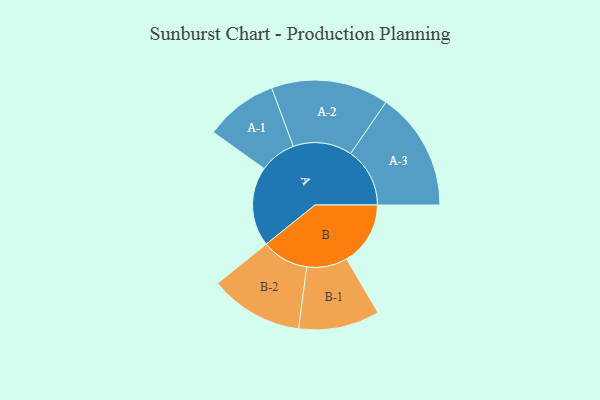
{"axis": {"x": "Segment", "y": "Value"}, "legend": ["", "A", "B"], "data": [{"x": "A", "y": 349, "type": ""}, {"x": "B", "y": 280, "type": ""}, {"x": "A-1", "y": 160, "type": "A"}, {"x": "A-2", "y": 258, "type": "A"}, {"x": "A-3", "y": 260, "type": "A"}, {"x": "B-1", "y": 178, "type": "B"}, {"x": "B-2", "y": 205, "type": "B"}]}